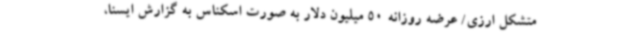
متشکل ارزی/ عرضه روزانه 50 میلیون دلار به صورت اسکناس به گزارش ایسنا،